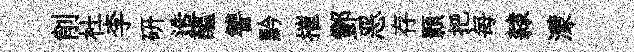
削杜李研造醖讐黔摧酆恶存顥把每隸濛